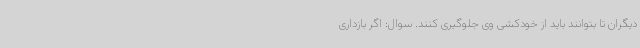
دیگران تا بتوانند باید از خودکشی وی جلوگیری کنند. سوال: اگر بازداری